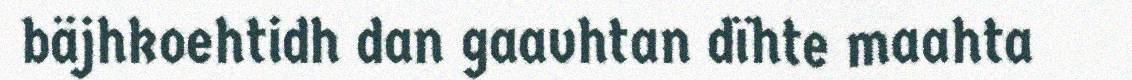
bäjhkoehtidh dan gaavhtan dïhte maahta